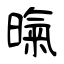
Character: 暣